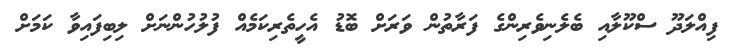
ފިއްލަދޫ ސްކޫލާއި ބެލެނިވެރިންގެ ފަރާތުން ވަރަށް ބޮޑު އެހީތެރިކަމެއް ފުލުހުންނަށް ލިބިފައިވާ ކަމަށް